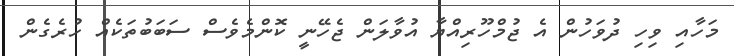
މަހާއި ވިހި ދުވަހުން އެ ޖުމްހޫރިއްޔާ އުވާލަން ޖެހޭނީ ކޮންމެވެސް ސަބަބުތަކެއް ހުރެގެން